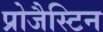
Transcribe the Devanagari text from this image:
प्रोजैस्टिन